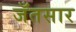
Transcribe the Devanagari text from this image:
जँतसार